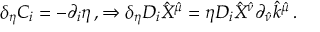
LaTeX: \delta _ { \eta } C _ { i } = - \partial _ { i } \eta \, , \Rightarrow \delta _ { \eta } D _ { i } \hat { X } ^ { \hat { \mu } } = \eta D _ { i } \hat { X } ^ { \hat { \nu } } \partial _ { \hat { \nu } } \hat { k } ^ { \hat { \mu } } \, .